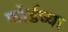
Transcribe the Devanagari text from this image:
फोर्डच्या